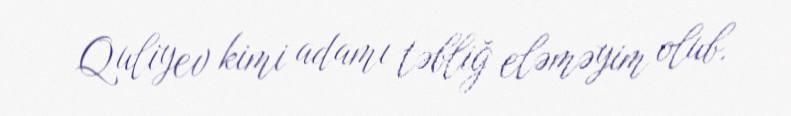
Quliyev kimi adamı təbliğ eləməyim olub.